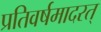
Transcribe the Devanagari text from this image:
प्रतिवर्षमादरत्